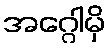
အဂ္ဂေါမှိ